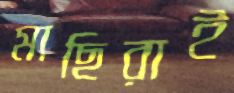
মাছিরাই